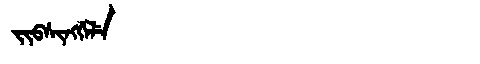
Manchu: ᠵᡳᠪᠰᡳᠩᡤᡝᠯᡝ
Romanization: JIBSINGGELE